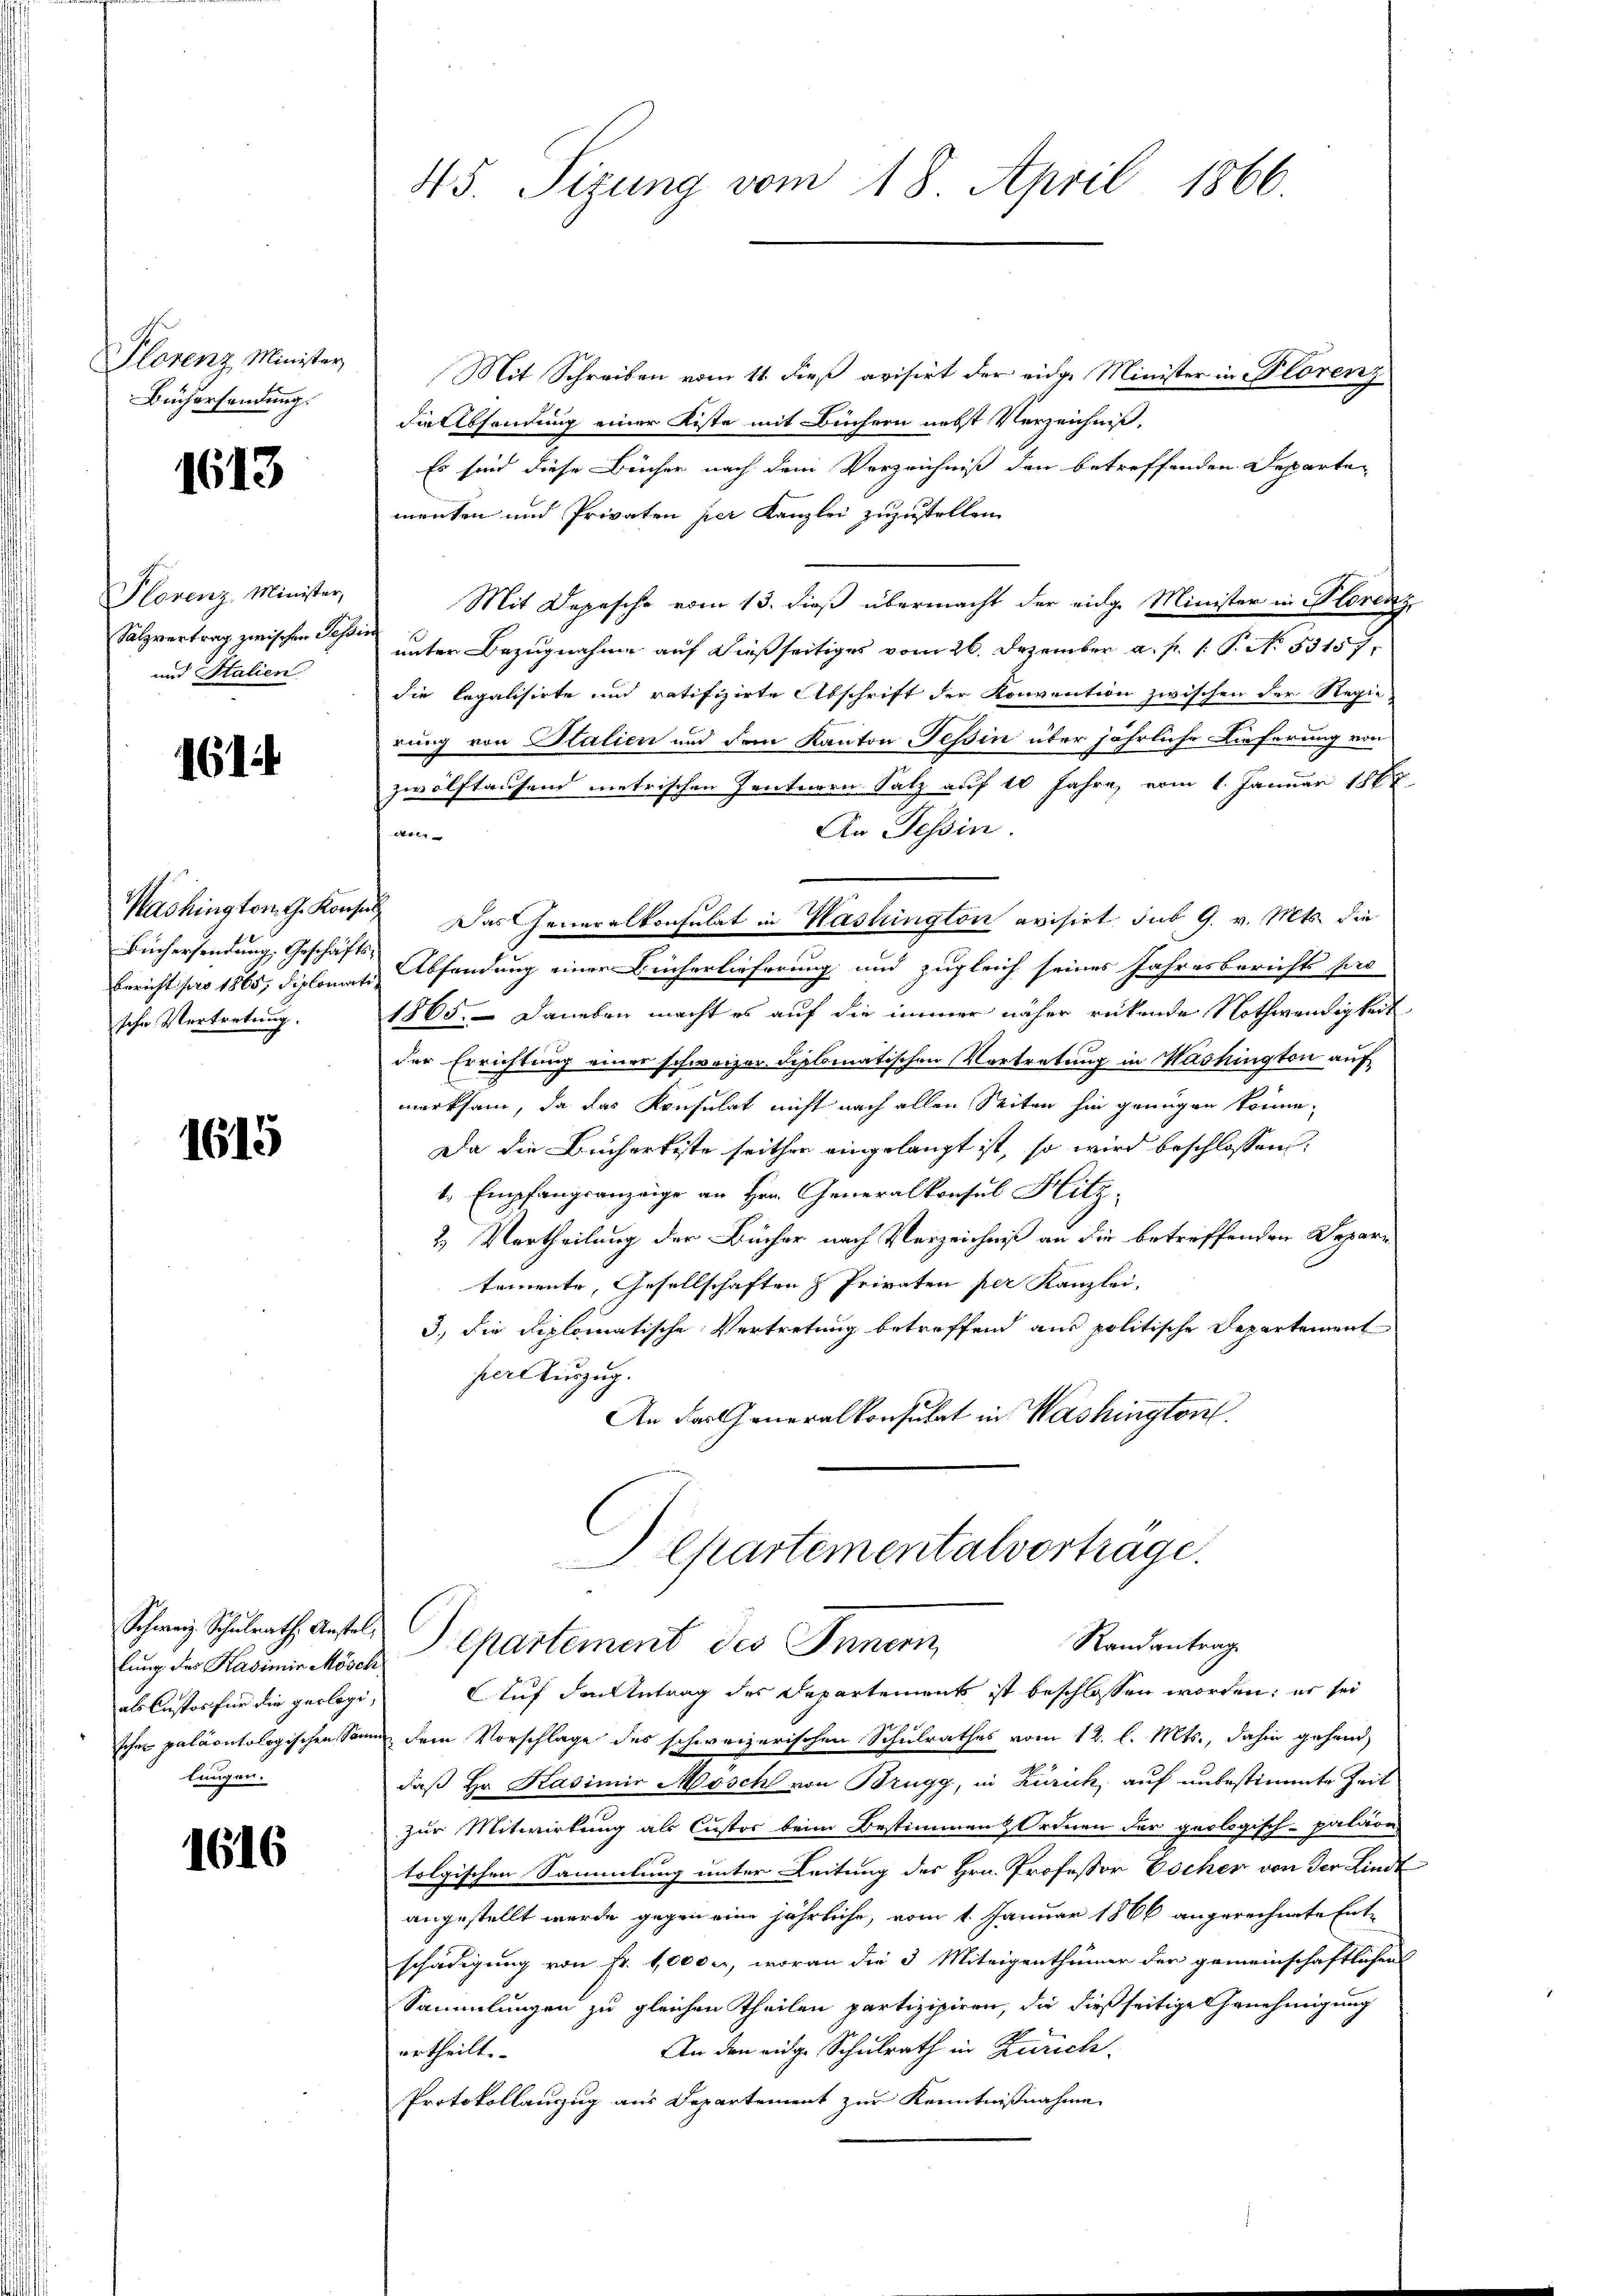
Plorenz Minister
Büchersendung.

1613

Plorenz, Minister,
Salzvertrag zwischen Seh
und Stalien

161

Washington G. Konse
Büchersendung. Geschäft
Bericht pro 1865, Diploma
sche Vertretung.

1615

lung des Kadimir Mösch
als Custos für die geologilungen.

1616

45. Sizung vom 18. April 1866.

Mit Schreiben vom 11. dieß avisirt der eidge Minister in Florenz
FieAbsendung einer Kiste mit Büchern nebst Verzeichniß,
Es sind diese Bücher nach dem Verzeichniß den betreffenden Departen
menten und Privaten per Kanzlei zuzustellen.
Mit Depesche vom 13. dieß übermacht der eidg. Minister in Florenz
unter Bezugnahme auf dießseitiges vom 26. Dezember a. p. 1. P. N. 53157.
die legalisirte und ratifizirte Abschrift der Konvention zwischen der Regie-
rung von Italien und dem Kanton Tessin über jährliche Lieferung von
zwölftausend metrischen Zentnern Satz auf 10 Jahre, vom 1. Januar 1868
An Tessin.
t
 Das Generalkonsulat in Waslington avisirt sub 9. v. Mts. die
Absendung einer Bücherlieferung und zugleich seines Jahresberichts pro
1865. - Daneben macht es auf die immer näher rückende Nothwendigkeit
der Errichtung einer schweizer diplomatischen Vortretung in Washington aufmerksam, da das Konsulat nicht nach allen Seiten hin genügen könne,
Da die Buchartiste seither eingelangt ist, so wird beschlossen:
1. Empfangsanzeige an Hrn. Generalkonsul Hitz
2.) Vertheilung der Bücher nach Verzeichniß an die betreffenden Departomente, Gesellschaften & Privaten per Kanzlei,
3.) Die Diplomatische Vertretung betreffend aus politische Departement
her Auszug.
An das Generalkonsulat in Washington
epartementalvertrage.
Schweiz Schulrath Anstals Departement des Innern
Randantrag
Auf den Antrag des Departements ist beschlossen worden; es sei
schen paläontologischen San dem Vorschlage des schweizerischen Schulrathes vom 12. l. Mts., dahin gehand
daß Hr. Kasimir Mosch von Brugg, in Zürich, auf unbestimmte Zeit
zur Mitwirkung als Custor beim Bestimmen Ordnen der geologisch-paläon-
tolgischen Sammlung unter Leitung des Hrn. Professor Escher von der Lindt
angestellt werde gegen eine jährliche, vom 1. Januar 1866 angerechnete Entschädigung von Fr. 1000 l., woran die 3 Miteigenthümer der gemeinschaftlichen
Sammlungen zu gleichen Theilen partizipiren, die dießseitige Genehmigung
An den eige Schulrath in Zürich
urtheilt.
Protokollauszug aus Departement zur Kenntnißnahme